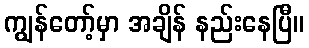
ကျွန်တော့်မှာ အချိန် နည်းနေပြီ။